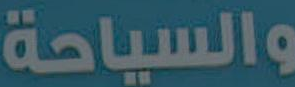
والسياحة